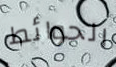
الحوائط